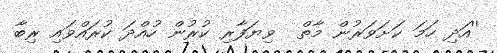
''އަދި ހަމަ ކަށަވަރުން މާތް  ވިޔަފާރި ކުރުން ހުއްދަ ކުރައްވައި ރިބާ